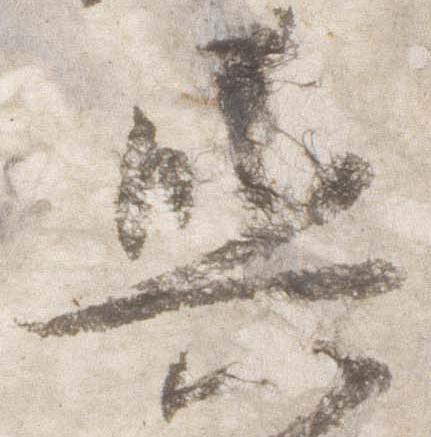
輿